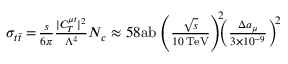
\begin{array} { r } { \! \sigma _ { t \bar { t } } = \! \frac { s } { 6 \pi } \frac { | C _ { T } ^ { \mu t } | ^ { 2 } } { \Lambda ^ { 4 } } N _ { c } \approx 5 8 \mathrm { a b } \left( \frac { \sqrt { s } } { 1 0 \, \mathrm { T e V } } \right) ^ { \! \! 2 } \! \! \! \left( \frac { \Delta a _ { \mu } } { 3 \times 1 0 ^ { - 9 } } \right) ^ { \! 2 } } \end{array}